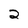
Character: 2